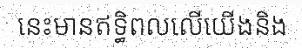
នេះមានឥទ្ធិពលលើយើងនិង